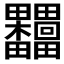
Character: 𣡺